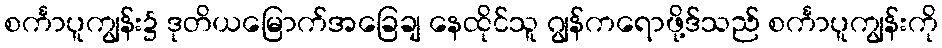
စင်္ကာပူကျွန်း၌ ဒုတိယမြောက်အခြေချ နေထိုင်သူ ဂျွန်ကရောဖို့ဒ်သည် စင်္ကာပူကျွန်းကို